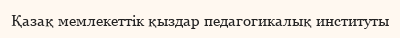
Қазақ мемлекеттік қыздар педагогикалық институты